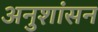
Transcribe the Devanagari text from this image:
अनुशांसन